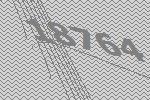
18764